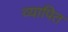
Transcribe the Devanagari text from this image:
व्यापित